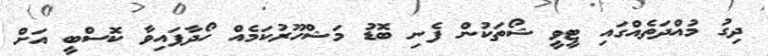
ދިގު މުއްދަތެއްގައި ޓީވީ ޝޯތަކުން ފެނި ބޮޑު މަޝްހޫރުކަމެއް ހޯދާފައިވާ ކޮސްބީ އަށް